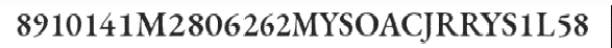
8910141M2806262MYSOACJRRYS1L58